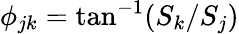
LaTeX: \phi_{jk}=\tan^{-1}(S_{k}/S_{j})